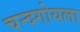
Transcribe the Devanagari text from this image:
चन्दगोयला